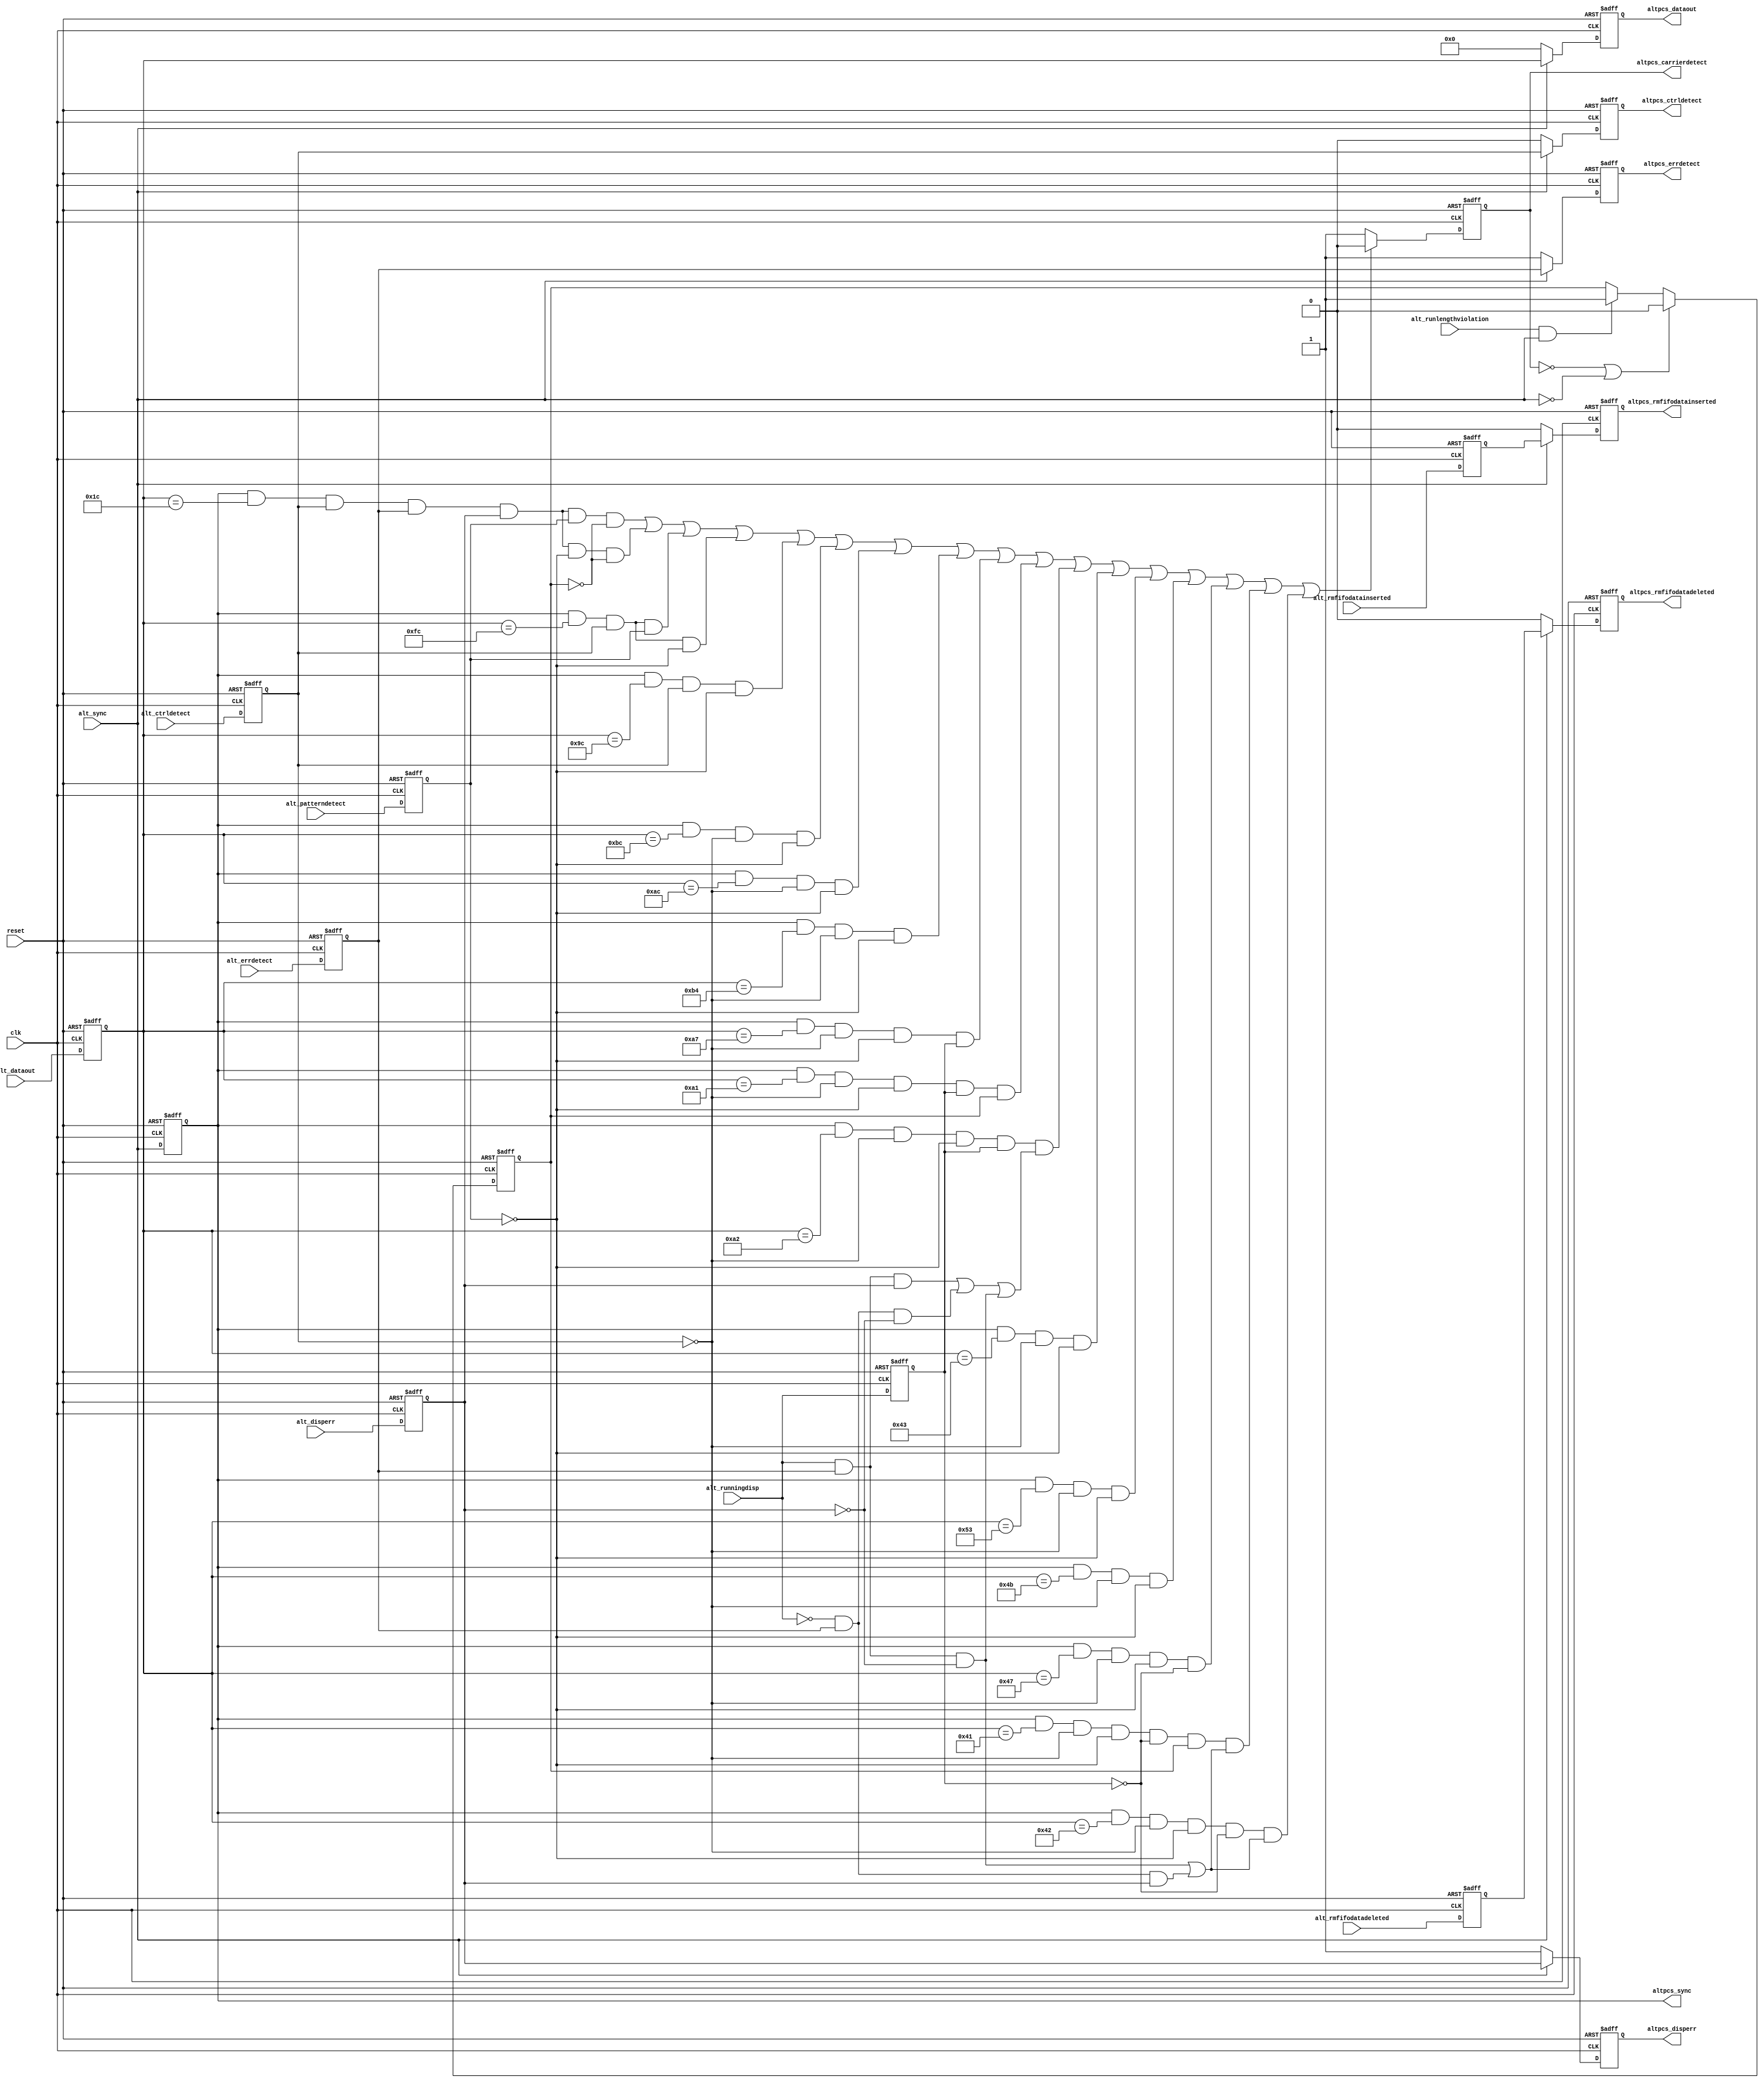
// (C) 2001-2016 Intel Corporation. All rights reserved.
// Your use of Intel Corporation's design tools, logic functions and other 
// software and tools, and its AMPP partner logic functions, and any output 
// files any of the foregoing (including device programming or simulation 
// files), and any associated documentation or information are expressly subject 
// to the terms and conditions of the Intel Program License Subscription 
// Agreement, Intel MegaCore Function License Agreement, or other applicable 
// license agreement, including, without limitation, that your use is for the 
// sole purpose of programming logic devices manufactured by Intel and sold by 
// Intel or its authorized distributors.  Please refer to the applicable 
// agreement for further details.


// -------------------------------------------------------------------------
// -------------------------------------------------------------------------
//
// Revision Control Information
//
// $RCSfile: altera_tse_alt2gxb_aligned_rxsync.v,v $
// $Source: /ipbu/cvs/sio/projects/TriSpeedEthernet/src/RTL/strxii_pcs/verilog/altera_tse_alt2gxb_aligned_rxsync.v,v $
//
// $Revision: #1 $
// $Date: 2016/08/07 $
// Check in by : $Author: swbranch $
//
// Project     : Triple Speed Ethernet - 1000 BASE-X PCS
//
// Description : 
//
// RX_SYNC alignment for Alt2gxb, Alt4gxb

// 
// ALTERA Confidential and Proprietary
// Copyright 2007 (c) Altera Corporation
// All rights reserved
//
// -------------------------------------------------------------------------
// -------------------------------------------------------------------------

`timescale 1ns/1ns
module altera_tse_gxb_aligned_rxsync (

  input clk,
  input reset,

  input [7:0] alt_dataout,
  input alt_sync,
  input alt_disperr,
  input alt_ctrldetect,
  input alt_errdetect,
  input alt_rmfifodatadeleted,
  input alt_rmfifodatainserted,
  input alt_runlengthviolation,
  input alt_patterndetect,
  input alt_runningdisp,

  output reg [7:0] altpcs_dataout,
  output altpcs_sync,
  output reg altpcs_disperr,
  output reg altpcs_ctrldetect,
  output reg altpcs_errdetect,
  output reg altpcs_rmfifodatadeleted,
  output reg altpcs_rmfifodatainserted,
  output reg altpcs_carrierdetect) ;
  parameter DEVICE_FAMILY         = "ARRIAGX";    //  The device family the the core is targetted for. 

  //-------------------------------------------------------------------------------
  // intermediate wires


  //reg altpcs_dataout

  // pipelined 1
  reg [7:0] alt_dataout_reg1;
  reg alt_sync_reg1;
  reg alt_sync_reg2;
  reg alt_disperr_reg1;
  reg alt_ctrldetect_reg1;
  reg alt_errdetect_reg1;
  reg alt_rmfifodatadeleted_reg1;
  reg alt_rmfifodatainserted_reg1;
  reg alt_patterndetect_reg1;
  reg alt_runningdisp_reg1;
  reg alt_runlengthviolation_latched;
  //-------------------------------------------------------------------------------

  always @(posedge reset or posedge clk)
    begin
        if (reset == 1'b1)
            begin
                // pipelined 1
                alt_dataout_reg1            <= 8'h0;
                alt_sync_reg1               <= 1'b0;
                alt_disperr_reg1            <= 1'b0;
                alt_ctrldetect_reg1         <= 1'b0;
                alt_errdetect_reg1          <= 1'b0;
                alt_rmfifodatadeleted_reg1  <= 1'b0;
                alt_rmfifodatainserted_reg1 <= 1'b0;
                alt_patterndetect_reg1      <= 1'b0;
                alt_runningdisp_reg1        <= 1'b0;
            end
        else
            begin
                // pipelined 1
                alt_dataout_reg1            <= alt_dataout;
                alt_sync_reg1               <= alt_sync;
                alt_disperr_reg1            <= alt_disperr;
                alt_ctrldetect_reg1         <= alt_ctrldetect;
                alt_errdetect_reg1          <= alt_errdetect;
                alt_rmfifodatadeleted_reg1  <= alt_rmfifodatadeleted;
                alt_rmfifodatainserted_reg1 <= alt_rmfifodatainserted;
                alt_patterndetect_reg1      <= alt_patterndetect;
                alt_runningdisp_reg1        <= alt_runningdisp;
            end
    
    end 
	
generate if ( DEVICE_FAMILY == "STRATIXIIGX" || DEVICE_FAMILY == "ARRIAGX" )
begin          
		always @ (posedge reset or posedge clk)

		begin

		 if (reset == 1'b1)

			begin

				altpcs_dataout              <= 8'h0;

				altpcs_disperr              <= 1'b1;

				altpcs_ctrldetect           <= 1'b0;

				altpcs_errdetect            <= 1'b1;

				altpcs_rmfifodatadeleted    <= 1'b0;

				altpcs_rmfifodatainserted   <= 1'b0;

			end

		 else

			begin

			   if (alt_sync == 1'b1 )

				 begin      

					altpcs_dataout              <= alt_dataout_reg1;

					altpcs_disperr              <= alt_disperr_reg1;

					altpcs_ctrldetect           <= alt_ctrldetect_reg1;

					altpcs_errdetect            <= alt_errdetect_reg1;

					altpcs_rmfifodatadeleted    <= alt_rmfifodatadeleted_reg1;

					altpcs_rmfifodatainserted   <= alt_rmfifodatainserted_reg1;

				 end

			   else

				 begin

					altpcs_dataout              <= 8'h0;

					altpcs_disperr              <= 1'b1;

					altpcs_ctrldetect           <= 1'b0;

					altpcs_errdetect            <= 1'b1;

					altpcs_rmfifodatadeleted    <= 1'b0;

					altpcs_rmfifodatainserted   <= 1'b0;

				 end

			end

		end

		assign altpcs_sync              = alt_sync_reg1;	      
end
else if ( DEVICE_FAMILY == "STRATIXIV" || DEVICE_FAMILY == "ARRIAIIGX" || DEVICE_FAMILY == "CYCLONEIVGX" || DEVICE_FAMILY == "HARDCOPYIV" || DEVICE_FAMILY == "ARRIAIIGZ"   || DEVICE_FAMILY == "STRATIXV" || DEVICE_FAMILY == "ARRIAV" || DEVICE_FAMILY == "ARRIAVGZ" || DEVICE_FAMILY == "CYCLONEV" || DEVICE_FAMILY == "ARRIA10")
begin
	always @ (posedge reset or posedge clk)
    begin
     if (reset == 1'b1)
        begin
            altpcs_dataout              <= 8'h0;
            altpcs_disperr              <= 1'b1;
            altpcs_ctrldetect           <= 1'b0;
            altpcs_errdetect            <= 1'b1;
            altpcs_rmfifodatadeleted    <= 1'b0;
            altpcs_rmfifodatainserted   <= 1'b0;
			alt_sync_reg2               <= 1'b0;
        end
     else
        begin     
                altpcs_dataout              <= alt_dataout_reg1;
                altpcs_disperr              <= alt_disperr_reg1;
                altpcs_ctrldetect           <= alt_ctrldetect_reg1;
                altpcs_errdetect            <= alt_errdetect_reg1;
                altpcs_rmfifodatadeleted    <= alt_rmfifodatadeleted_reg1;
                altpcs_rmfifodatainserted   <= alt_rmfifodatainserted_reg1;
				alt_sync_reg2               <= alt_sync_reg1 ;
        end

    end
	

    assign altpcs_sync              = alt_sync_reg2;
end      
endgenerate




      
   //latched runlength violation assertion for "carrier_detect" signal generation block
   //reset the latch value after carrier_detect goes de-asserted
//   always @ (altpcs_carrierdetect or alt_runlengthviolation or alt_sync_reg1)
//    begin
//       if (altpcs_carrierdetect == 1'b0)
//        begin
//           alt_runlengthviolation_latched <= 1'b0;
//        end 
//       else
//        begin 
//           if (alt_runlengthviolation == 1'b1 & alt_sync_reg1 == 1'b1)
//            begin
//               alt_runlengthviolation_latched <= 1'b1;
//            end
//        end       
//    end

    always @ (posedge reset or posedge clk)
     begin
      if (reset == 1'b1)
         begin
             alt_runlengthviolation_latched <= 1'b0;
         end
      else
       begin
           if ((altpcs_carrierdetect == 1'b0) | (alt_sync == 1'b0))
            begin
               alt_runlengthviolation_latched <= 1'b0;
            end 
           else
            begin 
               if ((alt_runlengthviolation == 1'b1) & (alt_sync == 1'b1))
                begin
                   alt_runlengthviolation_latched <= 1'b1;
                end
            end       
       end
     end
	  
   // carrier_detect signal generation
   always @ (posedge reset or posedge clk)
    begin
     if (reset == 1'b1)
        begin
            altpcs_carrierdetect <= 1'b1;
        end
     else

        // This portion of code is to workaround the issue with PHYIP (hard PCS) for not implementing the carrier_detect, 
        // which suppose to be implemented based on 10b character, not 8b. 
        // 
        // The real challenge is to detect the /INVALID/ 10b code group
        //
        // This is the Table 36.3.2.1 in UNH test plan
        // =====================================================
        // RD-          code-group     RD+            code-group
        // =====================================================
        // 001111 1010  /K28.5/        110000 0101    /K28.5/
        // 001111 1011  /INVALID/      110000 0100    /INVALID/
        // 001111 1000  /K28.7/        110000 0111    /K28.7/
        // 001111 1110  /INVALID/      110000 0001    /INVALID/
        // 001111 0010  /K28.4/        110000 1101    /K28.4/
        // 001110 1010  /D28.5/        110001 0101    /D3.2/
        // 001101 1010  /D12.5/        110010 0101    /D19.2/
        // 001011 1010  /D20.5/        110100 0101    /D11.2/
        // 000111 1010  /D7.5/         111000 0101    /D7.2/
        // 011111 1010  /INVALID/      100000 0101    /INVALID/
        // 101111 1010  /INVALID/      010000 0101    /INVALID/

        begin
           if (  (alt_sync_reg1 == 1'b1 & alt_dataout_reg1 == 8'h1C & alt_ctrldetect_reg1 == 1'b1 & alt_errdetect_reg1 == 1'b1  
                    & alt_disperr_reg1 ==1'b1 & alt_patterndetect_reg1 == 1'b1 & alt_runlengthviolation_latched == 1'b0                 ) |
                 (alt_sync_reg1 == 1'b1 & alt_dataout_reg1 == 8'h1C & alt_ctrldetect_reg1 == 1'b1 & alt_errdetect_reg1 == 1'b1  
                    & alt_disperr_reg1 ==1'b1 & alt_patterndetect_reg1 == 1'b0 & alt_runlengthviolation_latched == 1'b0                 ) |
                 (alt_sync_reg1 == 1'b1 & alt_dataout_reg1 == 8'hFC & alt_ctrldetect_reg1 == 1'b1 & alt_patterndetect_reg1 == 1'b1      ) |
                 (alt_sync_reg1 == 1'b1 & alt_dataout_reg1 == 8'hFC & alt_ctrldetect_reg1 == 1'b1 & alt_patterndetect_reg1 == 1'b0      ) |
                 (alt_sync_reg1 == 1'b1 & alt_dataout_reg1 == 8'h9C & alt_ctrldetect_reg1 == 1'b1 & alt_patterndetect_reg1 == 1'b0      ) |
                 (alt_sync_reg1 == 1'b1 & alt_dataout_reg1 == 8'hBC & alt_ctrldetect_reg1 == 1'b0 & alt_patterndetect_reg1 == 1'b0      ) |
                 (alt_sync_reg1 == 1'b1 & alt_dataout_reg1 == 8'hAC & alt_ctrldetect_reg1 == 1'b0 & alt_patterndetect_reg1 == 1'b0      ) |
                 (alt_sync_reg1 == 1'b1 & alt_dataout_reg1 == 8'hB4 & alt_ctrldetect_reg1 == 1'b0 & alt_patterndetect_reg1 == 1'b0      ) |
                 (alt_sync_reg1 == 1'b1 & alt_dataout_reg1 == 8'hA7 & alt_ctrldetect_reg1 == 1'b0 & alt_patterndetect_reg1 == 1'b0 
                    & alt_runningdisp_reg1 == 1'b1                                                                                      ) |
                 (alt_sync_reg1 == 1'b1 & alt_dataout_reg1 == 8'hA1 & alt_ctrldetect_reg1 == 1'b0 & alt_patterndetect_reg1 == 1'b0 
                    & alt_runningdisp_reg1 == 1'b1 & alt_runlengthviolation_latched == 1'b1                                             ) |
                 (alt_sync_reg1 == 1'b1 & alt_dataout_reg1 == 8'hA2 & alt_ctrldetect_reg1 == 1'b0 & alt_patterndetect_reg1 == 1'b0 
                   & alt_runningdisp_reg1 == 1'b1  
                   & ((alt_runningdisp == 1'b1 & alt_errdetect_reg1 == 1'b1 & alt_disperr_reg1 == 1'b1)|
                      (alt_runningdisp == 1'b0 & alt_errdetect_reg1 == 1'b1 & alt_disperr_reg1 == 1'b0)|
                      (alt_runningdisp == 1'b1 & alt_errdetect_reg1 == 1'b1 & alt_disperr_reg1 == 1'b0))                                ) |

                 (alt_sync_reg1 == 1'b1 & alt_dataout_reg1 == 8'h43 & alt_ctrldetect_reg1 == 1'b0 & alt_patterndetect_reg1 == 1'b0      ) |
                 (alt_sync_reg1 == 1'b1 & alt_dataout_reg1 == 8'h53 & alt_ctrldetect_reg1 == 1'b0 & alt_patterndetect_reg1 == 1'b0      ) |
                 (alt_sync_reg1 == 1'b1 & alt_dataout_reg1 == 8'h4B & alt_ctrldetect_reg1 == 1'b0 & alt_patterndetect_reg1 == 1'b0      ) |
                 (alt_sync_reg1 == 1'b1 & alt_dataout_reg1 == 8'h47 & alt_ctrldetect_reg1 == 1'b0 & alt_patterndetect_reg1 == 1'b0
                   & alt_runningdisp_reg1 == 1'b0                                                                                       ) |
                 (alt_sync_reg1 == 1'b1 & alt_dataout_reg1 == 8'h41 & alt_ctrldetect_reg1 == 1'b0 & alt_patterndetect_reg1 == 1'b0
                   & alt_runningdisp_reg1 == 1'b0 & alt_runlengthviolation_latched == 1'b1 
                   & ((alt_runningdisp == 1'b1 & alt_errdetect_reg1 == 1'b1 & alt_disperr_reg1 == 1'b0)|                                                                                
                      (alt_runningdisp == 1'b0 & alt_errdetect_reg1 == 1'b1 & alt_disperr_reg1 == 1'b1 ))                               ) |
                 (alt_sync_reg1 == 1'b1 & alt_dataout_reg1 == 8'h42 & alt_ctrldetect_reg1 == 1'b0 & alt_patterndetect_reg1 == 1'b0
                   & alt_runningdisp_reg1 == 1'b0 & ((alt_runningdisp == 1'b1 & alt_errdetect_reg1 == 1'b1 & alt_disperr_reg1 == 1'b0)|
                                                     (alt_runningdisp == 1'b0 & alt_errdetect_reg1 == 1'b1 & alt_disperr_reg1 == 1'b1)) )  
              )

             begin      
                altpcs_carrierdetect              <= 1'b0;
             end
           else
             begin
                altpcs_carrierdetect              <= 1'b1;
             end
        end

    end




endmodule